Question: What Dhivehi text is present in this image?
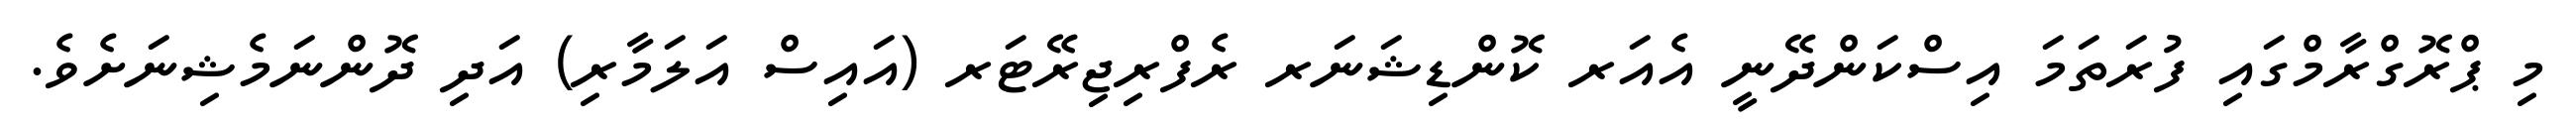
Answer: މި ޕްރޮގްރާމްގައި ފުރަތަމަ އިސްކަންދޭނީ އެއަރ ކޮންޑިޝަނަރ ރެފްރިޖިރޭޓަރ (އައިސް އަލަމާރި) އަދި ދޮންނަމެޝިނަށެވެ.